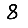
Digit: 8